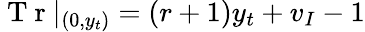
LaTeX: \mathrm{~T~r~}|_{(0,y_{t})}=(r+1)y_{t}+v_{I}-1